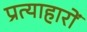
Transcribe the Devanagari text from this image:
प्रत्याहारों